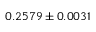
0 . 2 5 7 9 \pm 0 . 0 0 3 1